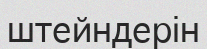
штейндерін